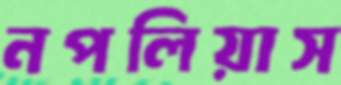
নপলিয়াস